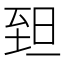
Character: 𦤾